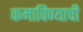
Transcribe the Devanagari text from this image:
कमाविण्याची